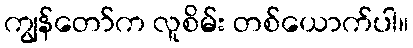
ကျွန်တော်က လူစိမ်း တစ်ယောက်ပါ။